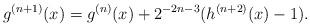
LaTeX: \begin{align*} g^{(n+1)}(x) = g^{(n)}(x) + 2^{-2n-3} (h^{(n+2)}(x)-1).\end{align*}